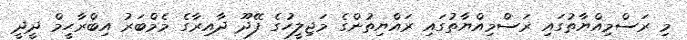
މި ރަސްމިއްޔާތުގައި ރަސްމިއްޔާތުގައި ރައްޔިތުންގެ މަޖިލީހުގެ ފޭދޫ ދާއިރާގެ މެމްބަރު އިބްރާހީމް ދީދީ